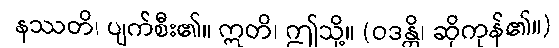
နဿတိ၊ ပျက်စီး၏။ ဣတိ၊ ဤသို့။ (ဝဒန္တိ၊ ဆိုကုန်၏။)